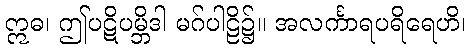
ဣဓ၊ ဤပဋိပမ္ဘိဒါ မဂ်ပါဠိ၌။ အလင်္ကာရပရိရေဟိ၊